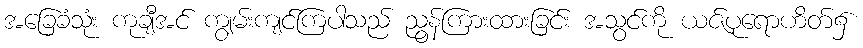
အခြေခံသုံး ကုချီအင် ကျွမ်းကျင်ကြပါသည် ညွန်ကြားထားခြင်း အသွင်ကို ယဇ်ပုရောဟိတ်၌